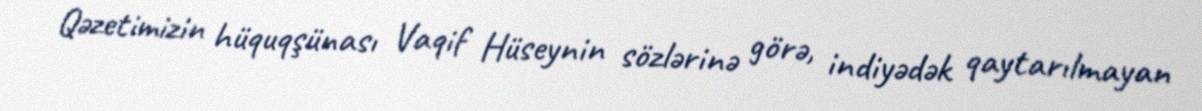
Qəzetimizin hüquqşünası Vaqif Hüseynin sözlərinə görə, indiyədək qaytarılmayan